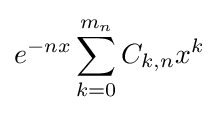
e^{-nx}\sum _{k=0}^{m_{n}}{C_{k,n}x^{k}}